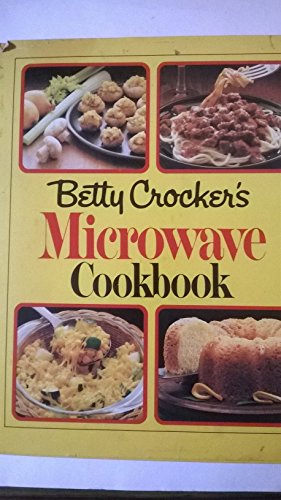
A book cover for Betty Crocker's Microwave Cookbook; Betty Crocker Editors Staff; Cookbooks, Food & Wine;